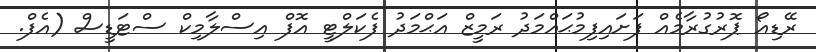
ރޭޑިއޯ ޕޮރުގުރާމެއް ފަށައިފިމުޙައްމަދު ރަމީޒް އަޙްމަދު ފެކަލްޓީ އޮފް އިސްލާމިކް ސްޓަޑީސް (އެފް.